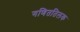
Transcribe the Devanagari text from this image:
गणिततिलक